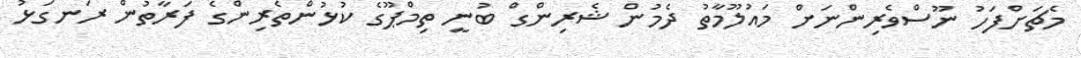
މެޗަށްފަހު ނޫސްވެރިންނަށް މައުލޫމާތު ދެމުން ޝެރިންގް ބުނީ ތިމްޕޫގެ ކުޅުންތެރިންގެ ފަރާތުން ރަނގަޅު